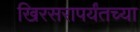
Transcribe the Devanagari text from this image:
खिरसरापर्यंतच्या